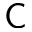
\textsf { C }